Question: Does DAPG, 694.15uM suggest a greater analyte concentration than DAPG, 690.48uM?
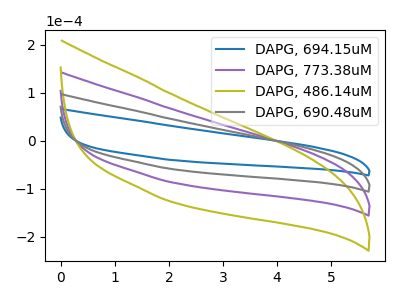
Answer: <think>The blue curve "DAPG, 694.15uM" has no peaks. The purple curve "DAPG, 773.38uM" has no peaks. The olive curve "DAPG, 486.14uM" has no peaks. The gray curve "DAPG, 690.48uM" has no peaks.
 Neither "DAPG, 694.15uM" or "DAPG, 690.48uM" have any peaks.</think>
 <answer>I cant tell if "DAPG, 694.15uM" or "DAPG, 690.48uM" has more signal.</answer>
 <eval>mixed_signal</eval>